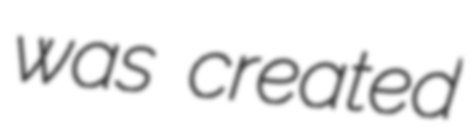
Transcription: was created